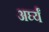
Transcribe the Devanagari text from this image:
अर्घ्यं